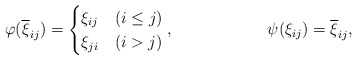
\begin{align*}\varphi(\overline \xi_{ij})&=\begin{cases}\xi_{ij} &(i\leq j)\\\xi_{ji} &(i > j)\end{cases}, &\psi(\xi_{ij}) &= \overline \xi_{ij},\end{align*}